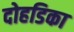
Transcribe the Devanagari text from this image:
दोहडिका